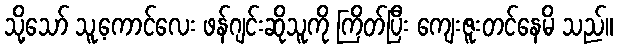
သို့သော် သူ့ကောင်လေး ဖန်ဂျင်းဆိုသူကို ကြိတ်ပြီး ကျေးဇူးတင်နေမိ သည်။